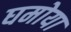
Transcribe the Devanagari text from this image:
घमोया